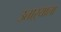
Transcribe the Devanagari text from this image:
उताऱ्याला